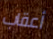
أعقاب